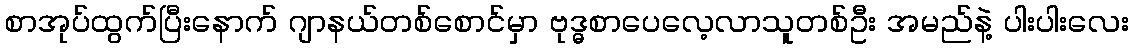
စာအုပ်ထွက်ပြီးနောက် ဂျာနယ်တစ်စောင်မှာ ဗုဒ္ဓစာပေလေ့လာသူတစ်ဦး အမည်နဲ့ ပါးပါးလေး